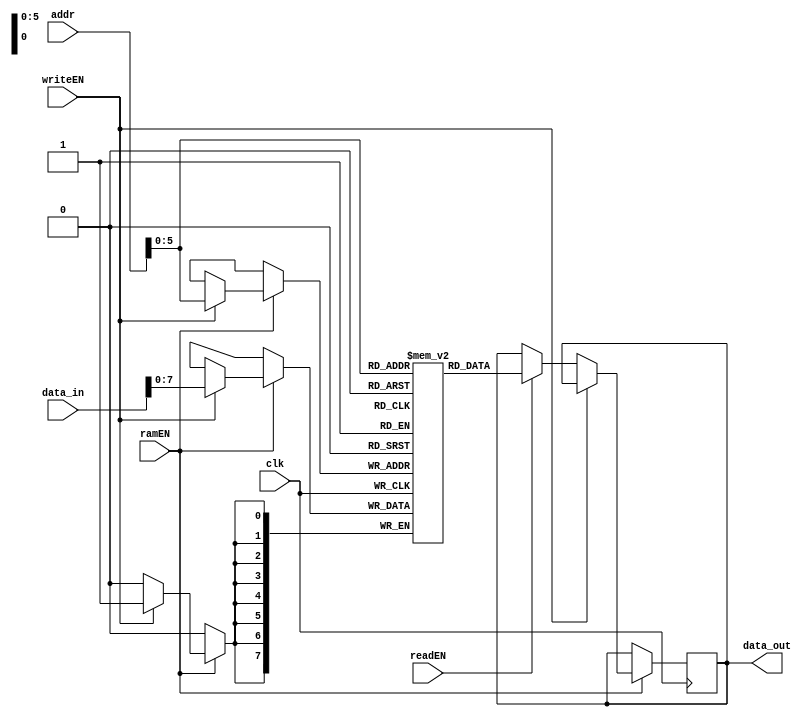
`timescale 1ns / 1ns
//////////////////////////////////////////////////////////////////////////////////
// Company: 
// Engineer: 
// 
// Design Name: 
// Module Name:    memory 
// Project Name: 
// Target Devices: 
// Tool versions: 
// Description: 
//
// Dependencies: 
//
// Revision: 
// Revision 0.01 - File Created
// Additional Comments: 
//
//////////////////////////////////////////////////////////////////////////////////
module memory #(parameter DW = 8, m = 8 , n = 8) (
		input clk,
		input readEN,
		input writeEN,
		input ramEN,
		input [(m + n)-1:0] addr,
		input [(m + n)-1 :0] data_in,
		output reg [DW-1:0] data_out
    );
	(*RAM_STYLE="BLOCK"*)


  reg [DW-1:0] mat [m*n-1:0]; // width = DW & height = m*n mehrdad


    always @(posedge clk) begin
        if (ramEN)
            if (writeEN)
                mat[addr] <= data_in;
            else if(readEN)
                data_out <= mat[addr];
    end

endmodule